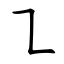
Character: ㇅